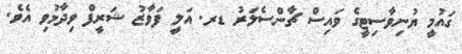
ގައުމީ ޔުނިވާސިޓީގެ ވައިސް ޗާންސެލަރު ޑރ. އަލީ ފަވާޒު ޝަރީފް ވިދާޅުވި އެވެ.